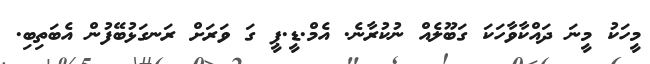
މީހަކު މީނަ ދައްކާވާހަކަ ގަބޫލެއް ނުކުރާނެ. އެމް.ޑީ.ޕީ ގަ ވަރަށް ރަނގަޅުބޭފުުން އެބަތިބި.